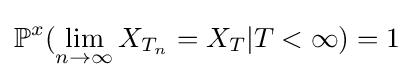
\mathbb {P} ^{x}(\lim _{n\to \infty }X_{T_{n}}=X_{T}|T<\infty )=1